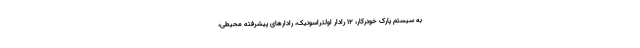
به سیستم پارک خودرکار، 12 رادار اولتراسونیک، رادارهای پیشرفته محیطی،